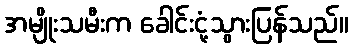
အမျိုးသမီးက ခေါင်းငုံ့သွားပြန်သည်။